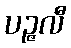
ပဉ္ဇလီ